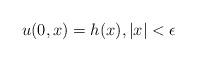
LaTeX: \begin{align*}u(0, x) = h(x), | x| < \epsilon\end{align*}